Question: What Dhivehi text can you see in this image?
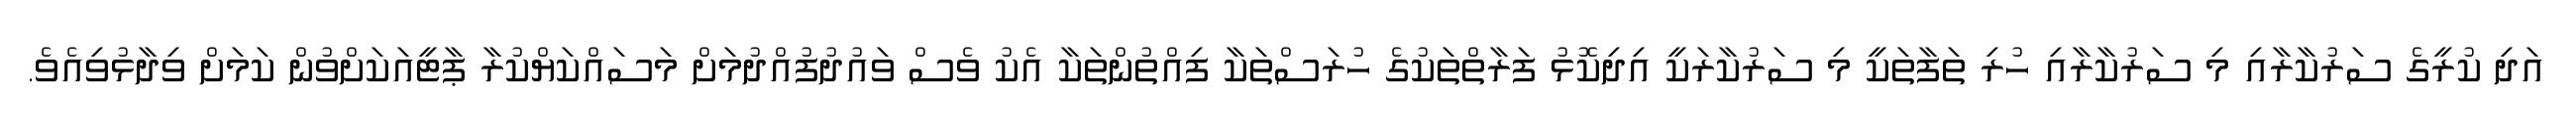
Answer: އަދި ކުރީގެ ސަރުކާރާއި މި ސަރުކާރާއި ހުރި ތަފާތަކީ މި ސަރުކާރަކީ އިދިކޮޅު ފަރާތްތަކުގެ ހުރަސްތަކާ ފިއްތުންތަކާ އެކު ވެސް ވައުދުފުއްދުމަށް މަސައްކަޔްކުރާ ޕާޓީއަކަށްވުން ކަމަށް ވިދާޅުވިއެވެ.